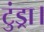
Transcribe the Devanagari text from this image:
टुंड्रा।